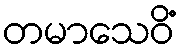
တမာသေဝိံ